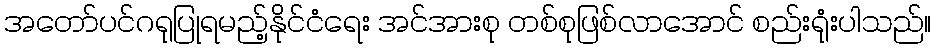
အတော်ပင်ဂရုပြုရမည့်နိုင်ငံရေး အင်အားစု တစ်စုဖြစ်လာအောင် စည်းရုံးပါသည်။